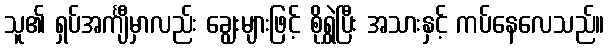
သူ၏ ရှပ်အင်္ကျီမှာလည်း ချွေးများဖြင့် စိုရွှဲပြီး အသားနှင့် ကပ်နေလေသည်။